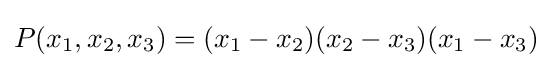
P(x_{1},x_{2},x_{3})=(x_{1}-x_{2})(x_{2}-x_{3})(x_{1}-x_{3})